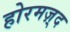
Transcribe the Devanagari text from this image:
होरमज़्द